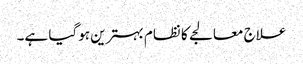
علاج معالجے کا نظام بہترین ہوگیا ہے۔